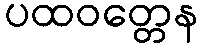
ပထဝတ္တေန